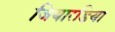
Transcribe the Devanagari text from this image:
जियारडिया